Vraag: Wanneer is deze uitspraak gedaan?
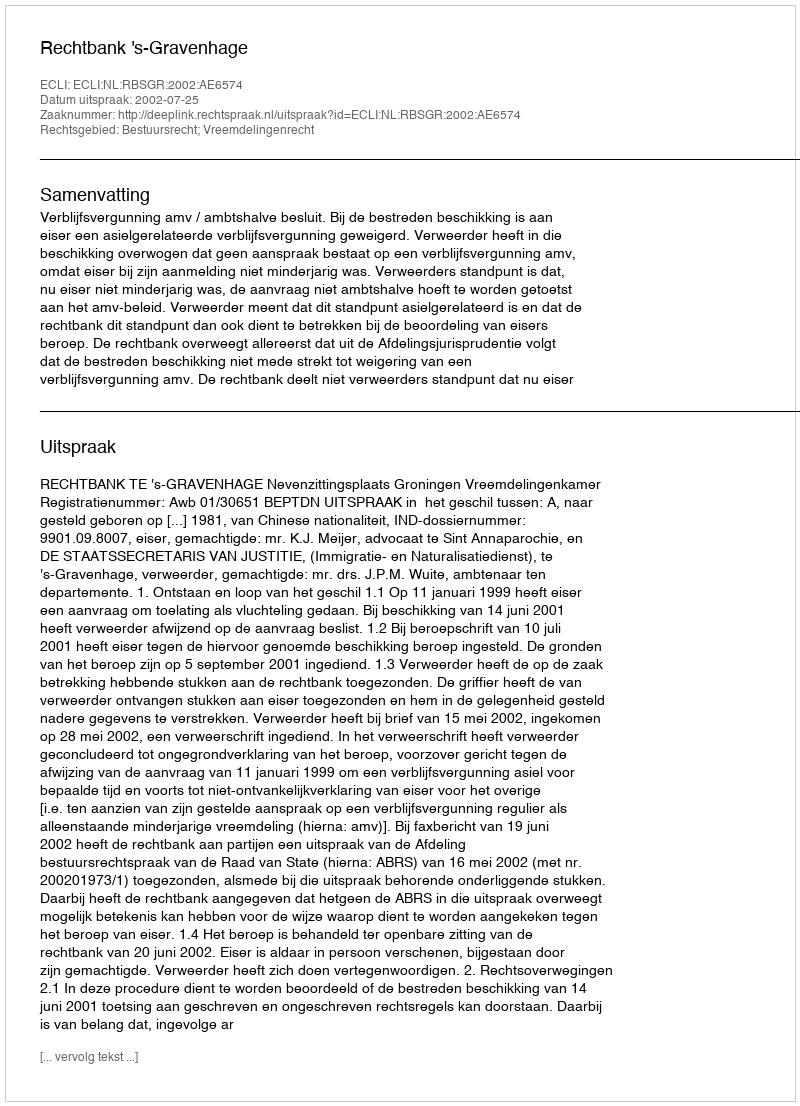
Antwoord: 2002-07-25